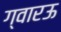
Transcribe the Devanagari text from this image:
ग्वारऊ